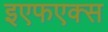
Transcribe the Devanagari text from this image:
इएफएक्स